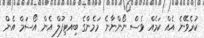
ކުރެވޭނެ އެއް ކަމެއް ވެސް ނޯންނާނެ މަމެންގެ ބިއުޓިފުލް އެން އޯސަމް އެން